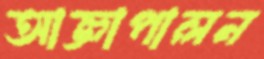
আজ্ঞাপালন